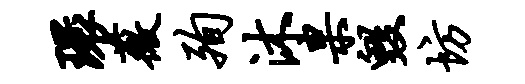
环薇殉沐杲毁坊